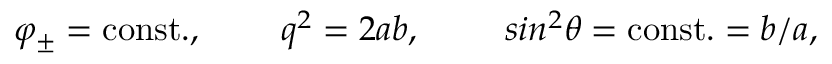
\varphi _ { \pm } = \mathrm { c o n s t . } , \; \; \; \; \; \; \; \; q ^ { 2 } = 2 a b , \; \; \; \; \; \; \; \; \, s i n ^ { 2 } \theta = { \mathrm { c o n s t . } } = b / a ,